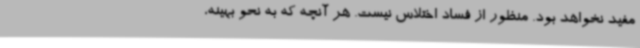
مفید نخواهد بود. منظور از فساد اختلاس نیست. هر آنچه که به نحو بهینه،